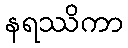
နရဿိကာ